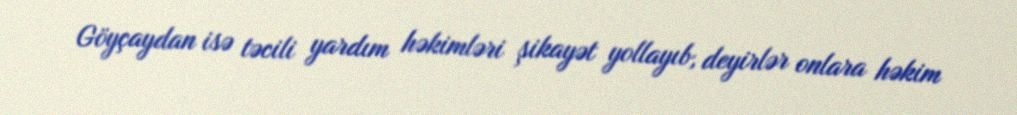
Göyçaydan isə təcili yardım həkimləri şikayət yollayıb, deyirlər onlara həkim